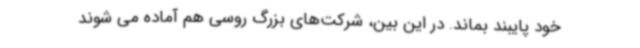
خود پایبند بماند. در این بین، شرکت‌های بزرگ روسی هم آماده می شوند